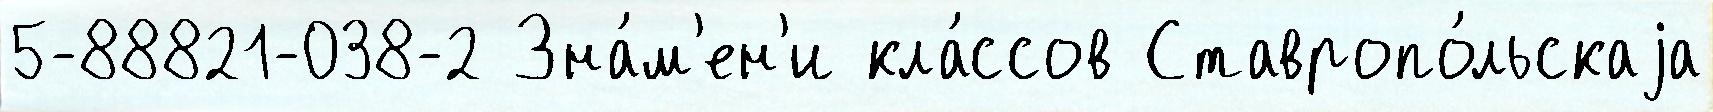
5-88821-038-2 Зна́м'ен'и кла́ссов Ставропо́льскаjа